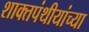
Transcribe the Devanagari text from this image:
शाक्तपंथीयांच्या